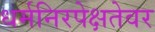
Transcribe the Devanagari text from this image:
धर्मनिरपेक्षतेवर